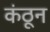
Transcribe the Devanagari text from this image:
कंठून